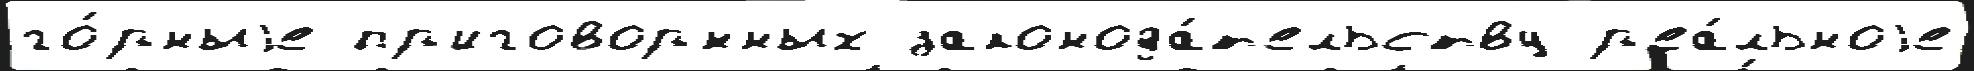
го́рныjе пр'иговор'́нных законода́т'ельству р'еа́льноjе